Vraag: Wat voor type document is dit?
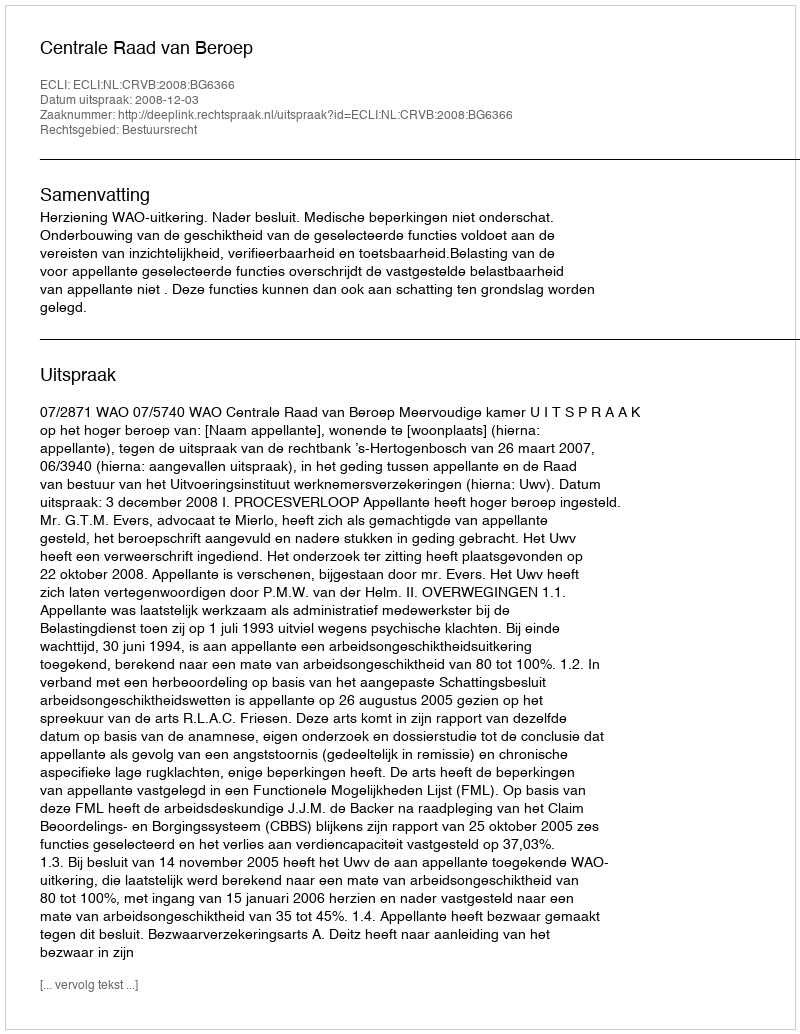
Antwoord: Uitspraak